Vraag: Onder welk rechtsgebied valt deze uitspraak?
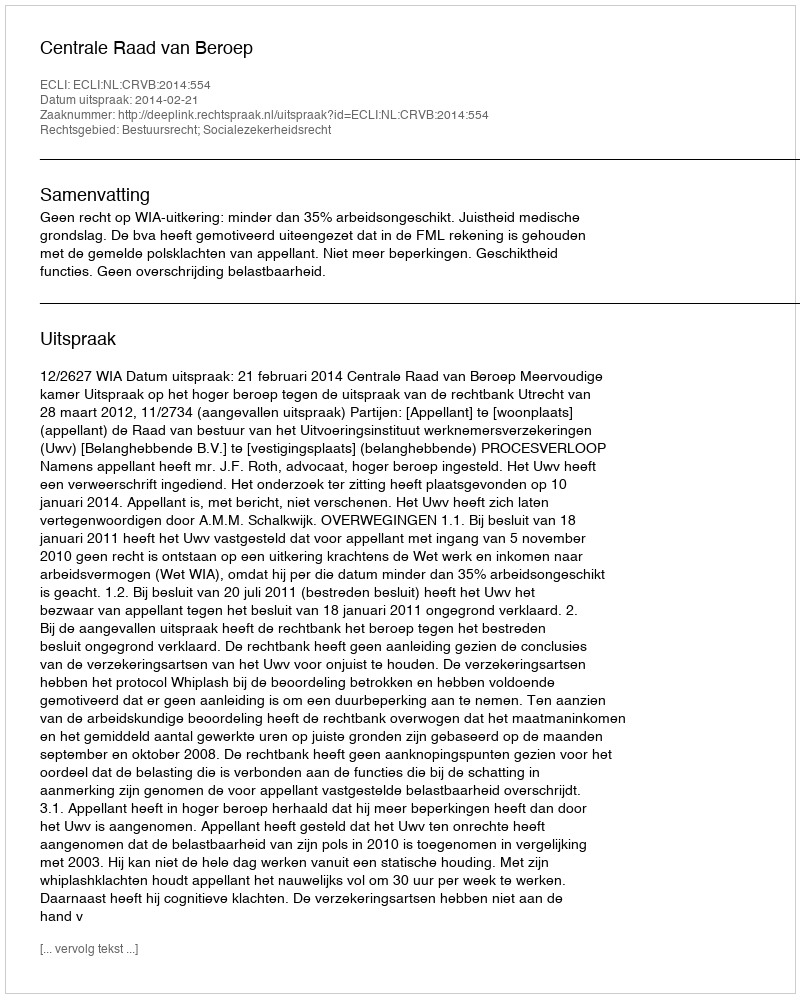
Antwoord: Bestuursrecht; Socialezekerheidsrecht